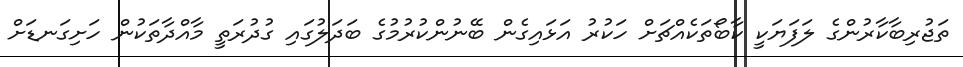
ތަޖުރިބާކާރުންގެ ލަފަޔަކީ ކާބޯތަކެއްޗަށް ހަކުރު އަޅައިގެން ބޭނުންކުރުމުގެ ބަދަލުގައި ގުދުރަތީ މާއްދާތަކުން ހަށިގަނޑަށް